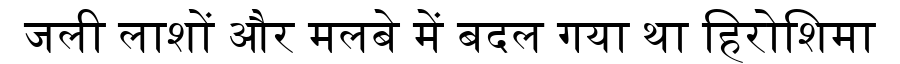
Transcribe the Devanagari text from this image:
जली लाशों और मलबे में बदल गया था हिरोशिमा